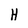
Character: H